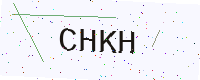
Text: CHKH